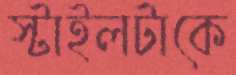
স্টাইলটাকে